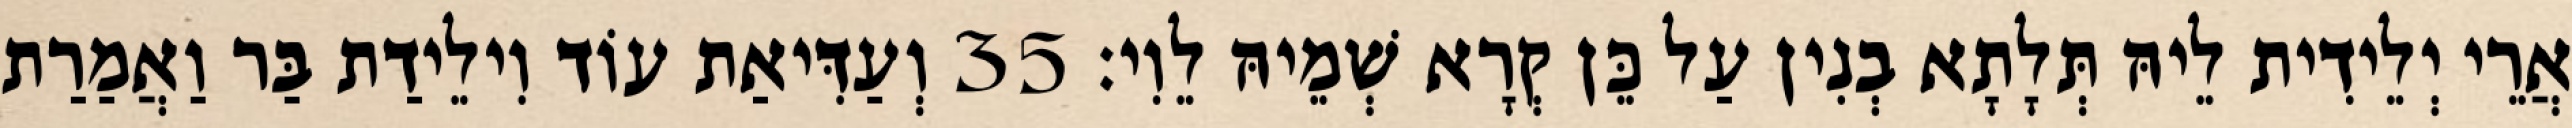
אֲרֵי יְלֵידִית לֵיהּ תְּלָתָא בְנִין עַל כֵּן קְרָא שְׁמֵיהּ לֵוִי׃ 35 וְעַדִּיאַת עוֹד וִילֵידַת בַּר וַאֲמַרַת